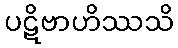
ပဋိဗာဟိဿသိ